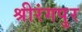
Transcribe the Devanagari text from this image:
श्रीरंगपुर